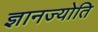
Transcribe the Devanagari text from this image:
ज्ञानज्योति